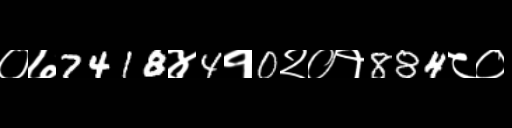
Text: ०७7418४4१0२०१884८०